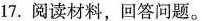
17. 阅读材料，回答问题。